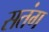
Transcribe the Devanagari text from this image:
सतंग